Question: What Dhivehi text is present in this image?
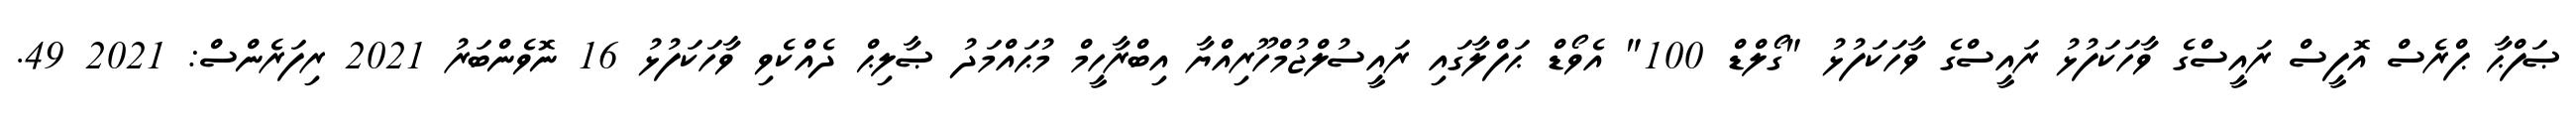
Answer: ޞަފްޙާ ޕްރެސް އޮފީސް ރައީސްގެ ވާހަކަފުޅު ރައީސްގެ ވާހަކަފުޅު "ގޯލްޑް 100" އެވޯޑް ޙަފްލާގައި ރައީސުލްޖުމްހޫރިއްޔާ އިބްރާހީމް މުޙައްމަދު ޞާލިޙް ދެއްކެވި ވާހަކަފުޅު 16 ނޮވެންބަރު 2021 ރިފަރެންސް: 2021 49.